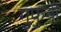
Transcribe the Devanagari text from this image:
गुंफुनी